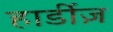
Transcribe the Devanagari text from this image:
हार्डीज़